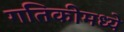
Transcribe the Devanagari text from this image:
गतिकीमध्ये